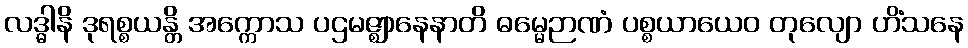
လဒ္ဓါနိ ဒုရစ္စယန္တိ အက္ကောသ ပဌမဇ္ဈာနေနာတိ ဓမ္မေဉာဏံ ပစ္စယာယေဝ တုလျော ဟိံသနေ